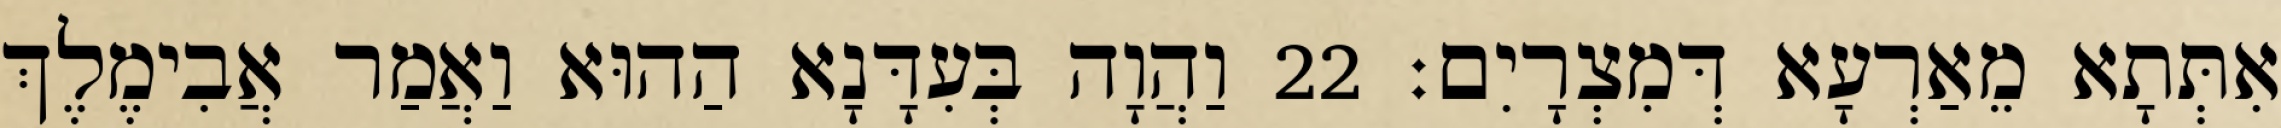
אִתְּתָא מֵאַרְעָא דְּמִצְרָיִם׃ 22 וַהֲוָה בְּעִדָּנָא הַהוּא וַאֲמַר אֲבִימֶלֶךְ